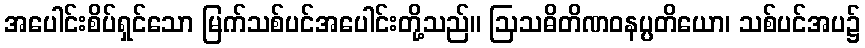
အပေါင်းစိပ်ရှင်သော မြက်သစ်ပင်အပေါင်းတို့သည်။ ဩသဓိတိဏဝနပ္ပတိယော၊ သစ်ပင်အပ၌